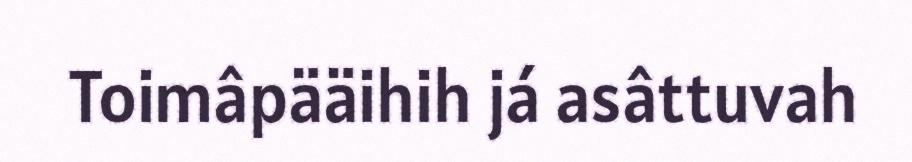
Toimâpääihih já asâttuvah